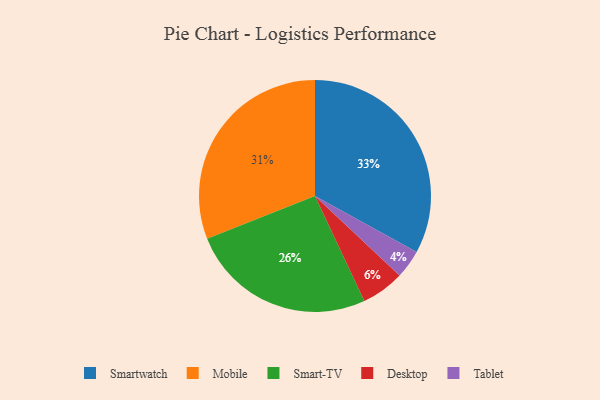
{"axis": {"x": "Category", "y": "Percentage"}, "legend": ["Desktop", "Mobile", "Smart-TV", "Smartwatch", "Tablet"], "data": [{"x": "Mobile", "y": 31, "type": "Mobile"}, {"x": "Smartwatch", "y": 33, "type": "Smartwatch"}, {"x": "Tablet", "y": 4, "type": "Tablet"}, {"x": "Desktop", "y": 6, "type": "Desktop"}, {"x": "Smart-TV", "y": 26, "type": "Smart-TV"}]}